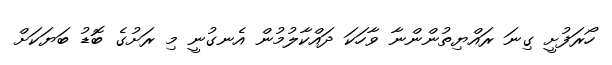
ހޯރަފުށީ ގިނަ ރައްޔިތުންންނާ ވާހަކަ ދައްކާލުމުން އެނގުނީ މި ރަށުގެ ބޮޑު ބަޔަކަށް